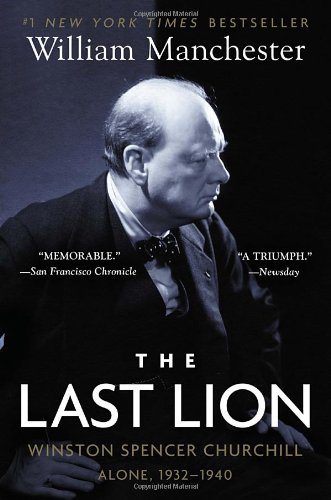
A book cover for The Last Lion: Winston Spencer Churchill: Alone, 1932-1940; William Manchester; Biographies & Memoirs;